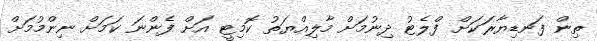
ތިން ފަނޑިޔާރަކަށް ފްލެޓު ދިނުމަށް މާލިއްޔަތު ކޮމިޓީ އަށް ފެންނަ ކަމަށް ނިންމުމަށް